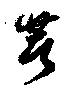
著